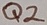
Text: Q2